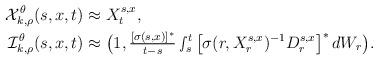
LaTeX: \begin{align*}\mathcal{X}_{ k, \rho}^{ \theta }( s,x, t ) &\approx X^{s,x}_t, \\\mathcal{I}_{ k, \rho}^{\theta }( s,x, t ) &\approx \big( 1 , \tfrac{ [\sigma(s,x)]^{*} }{ t - s } \smallint\nolimits_s^t \big[ \sigma( r, X_r^{ s, x } )^{ - 1 } D_r^{ s, x } \big]^{ * } \, d W_r \big).\end{align*}